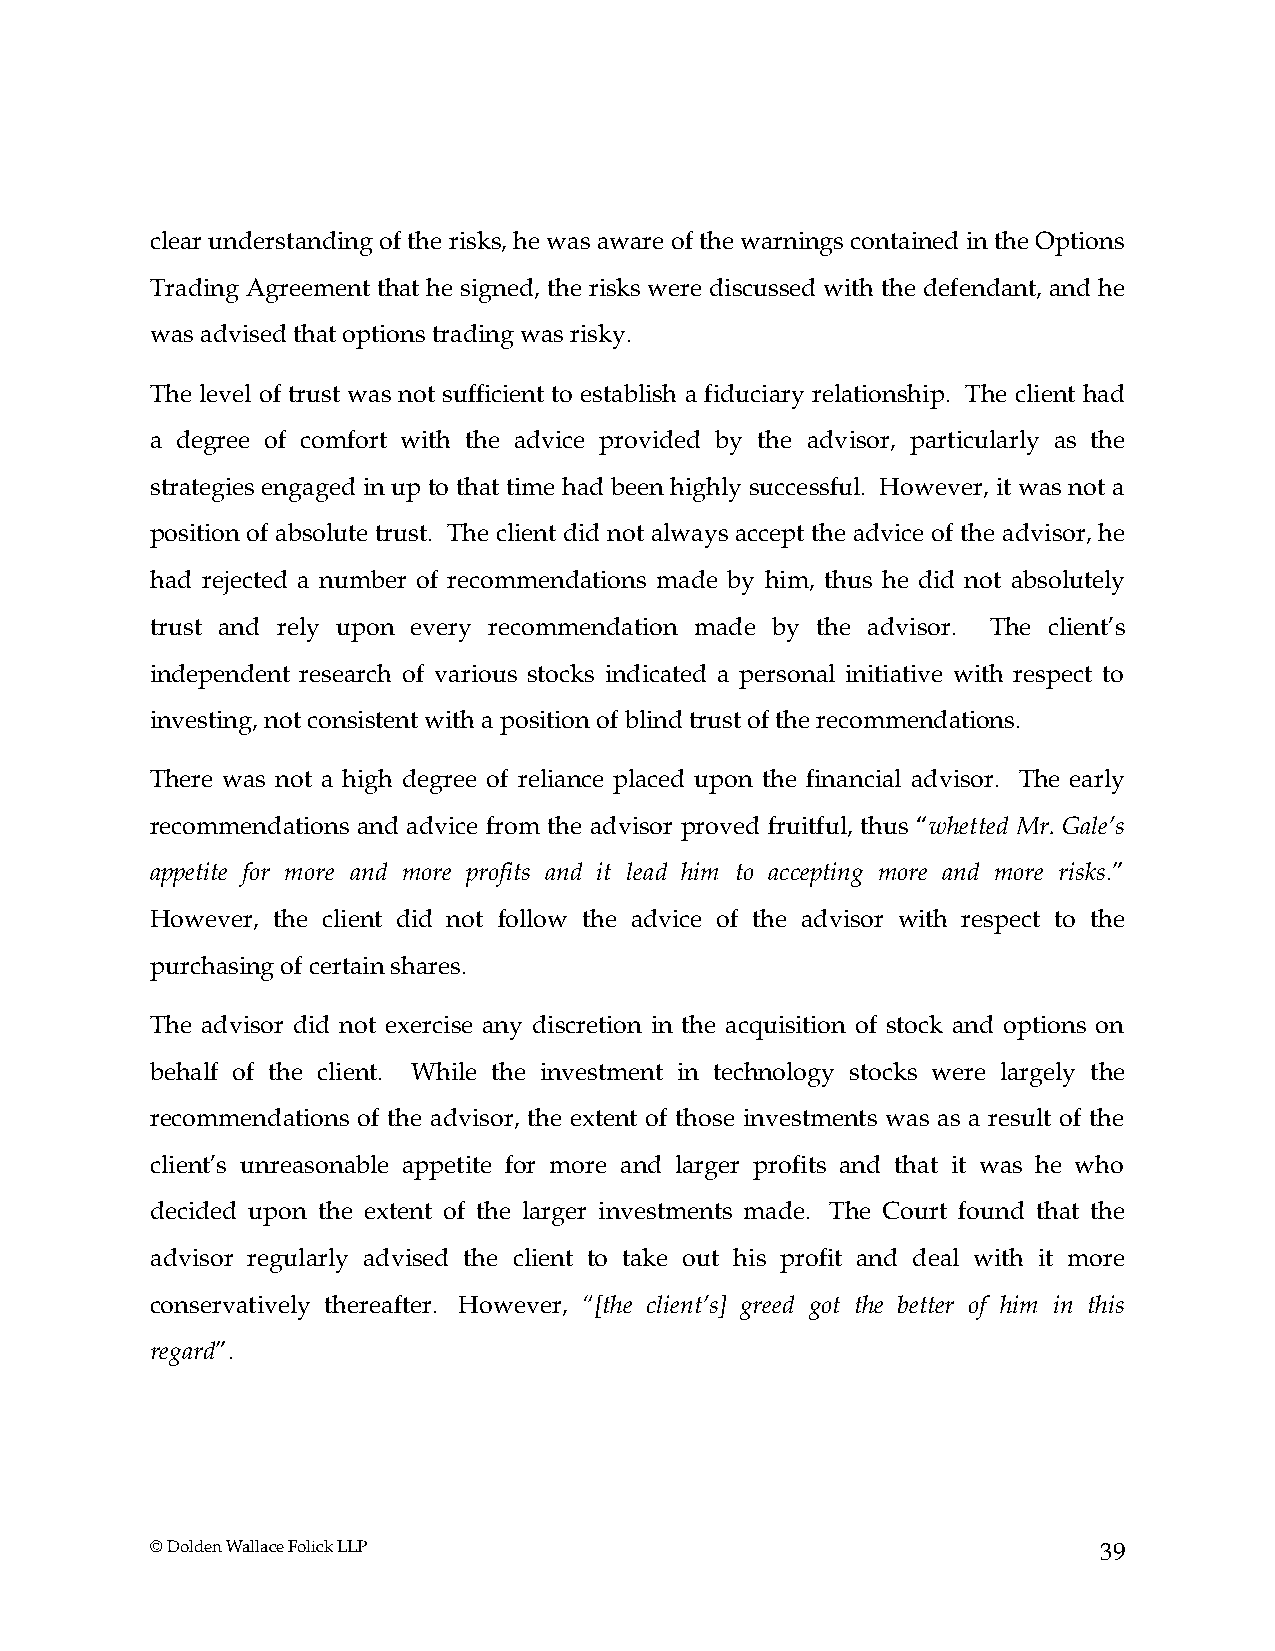
clear understanding of the risks, he was aware of the warnings contained in the Options
 Trading Agreement that he signed, the risks were discussed with the defendant, and he
 was advised that options trading was risky.
 The level of trust was not sufficient to establish a fiduciary relationship. The client had
 a degree of comfort with the advice provided by the advisor, particularly as the
 strategies engaged in up to that time had been highly successful. However, it was not a
 position of absolute trust. The client did not always accept the advice of the advisor, he
 had rejected a number of recommendations made by him, thus he did not absolutely
 trust and rely upon every recommendation made by the advisor. The client’s
 independent research of various stocks indicated a personal initiative with respect to
 investing, not consistent with a position of blind trust of the recommendations.
 There was not a high degree of reliance placed upon the financial advisor. The early
 recommendations and advice from the advisor proved fruitful, thus “whetted Mr. Gale’s
 appetite for more and more profits and it lead him to accepting more and more risks.”
 However, the client did not follow the advice of the advisor with respect to the
 purchasing of certain shares.
 The advisor did not exercise any discretion in the acquisition of stock and options on
 behalf of the client. While the investment in technology stocks were largely the
 recommendations of the advisor, the extent of those investments was as a result of the
 client’s unreasonable appetite for more and larger profits and that it was he who
 decided upon the extent of the larger investments made. The Court found that the
 advisor regularly advised the client to take out his profit and deal with it more
 conservatively thereafter. However, “[the client’s] greed got the better of him in this
 regard”.
 © Dolden Wallace Folick LLP                                    39